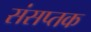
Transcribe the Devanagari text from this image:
संसप्तक